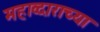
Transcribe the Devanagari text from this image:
महाव्दाराच्या